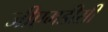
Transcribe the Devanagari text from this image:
जीएमडीसी